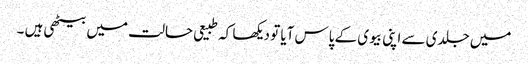
میں جلدی سے اپنی بیوی کے پاس آیا تو دیکھا کہ طبیعی حالت میں بیٹھی ہیں ۔